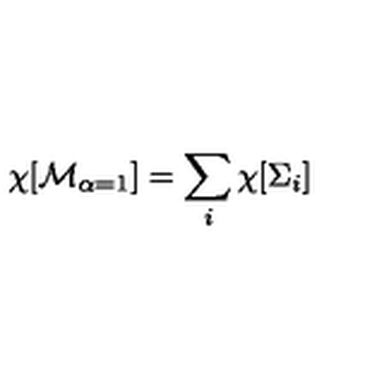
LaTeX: \chi [ { \cal M } _ { \alpha = 1 } ] = \sum _ { i } \chi [ \Sigma _ { i } ]